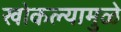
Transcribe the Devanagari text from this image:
खोकल्यामुळे